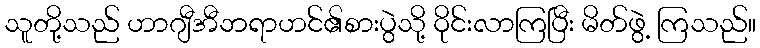
သူတို့သည် ဟာဂျီအီဘရာဟင်၏စားပွဲသို့ ဝိုင်းလာကြပြီး မိတ်ဖွဲ့ ကြသည်။